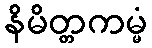
နိမိတ္တကမ္မံ